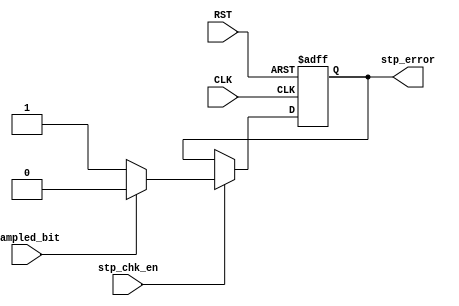
`timescale 1ns / 1ps

//////////////////////////////////////////////////////////////////////////////////
// Diploma: By Eng. Ali Mohamed Eltemsah
// Design Name: DigIC_Dip08_09_UART_RX
// Module Name: stop_check
// Project Name: UART_RX
//////////////////////////////////////////////////////////////////////////////////


module stop_check(
    input   wire    CLK,
    input   wire    RST,
    input   wire    stp_chk_en,
    input   wire    sampled_bit,
    output  wire    stp_error
    );
    
reg stp_error_reg, stp_error_next;
     
always @(posedge CLK, negedge RST)
    begin
        if (!RST)
            begin
                stp_error_reg <= 0;
            end
        else
            begin
                stp_error_reg <= stp_error_next;
            end
    end 
       
always @(*)
    begin
        if (stp_chk_en)
            begin
                stp_error_next = (sampled_bit == 1'b1)? 1'b0 : 1'b1;
            end
        else
            begin
                stp_error_next = stp_error_reg;
            end
    end

assign stp_error = stp_error_reg;   

endmodule